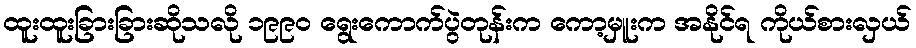
ထူးထူးခြားခြားဆိုသလို ၁၉၉၀ ရွေးကောက်ပွဲတုန်းက ကော့မှူးက အနိုင်ရ ကိုယ်စားလှယ်